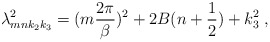
\begin{align*}\lambda^2_{mnk_2k_3} = (m\frac{2\pi}{\beta})^2 + 2B(n+\frac{1}{2}) + k^2_3\;,\end{align*}